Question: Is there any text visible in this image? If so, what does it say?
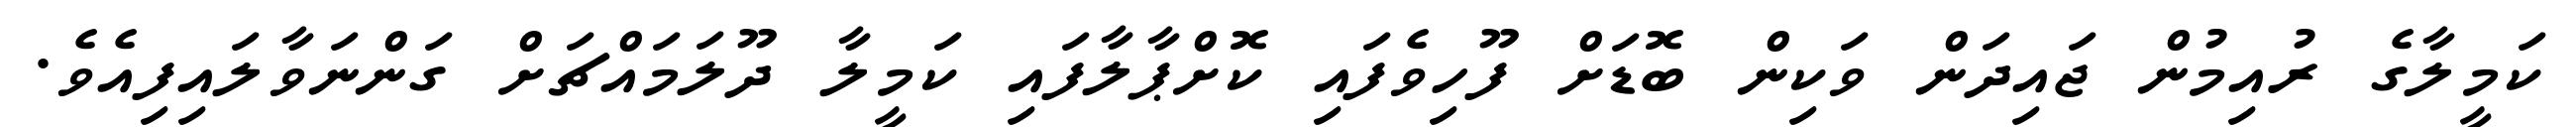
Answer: ކަމީލާގެ ރުއިމުން ޖައިދަން ވަކިން ބޮޑަށް ފޫހިވެފައި ކޮށްޕާލާފައި ކަމީލާ ދޫލަމައްޗަށް ގަންނަވާލައިފިއެވެ.